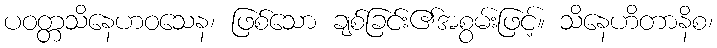
ပဝတ္တသိနေဟဝသေန၊ ဖြစ်သော ချစ်ခြင်း၏အစွမ်းဖြင့်။ သိနေဟိတာနိစ၊